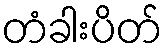
တံခါးပိတ်